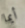
أيما